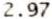
2.97